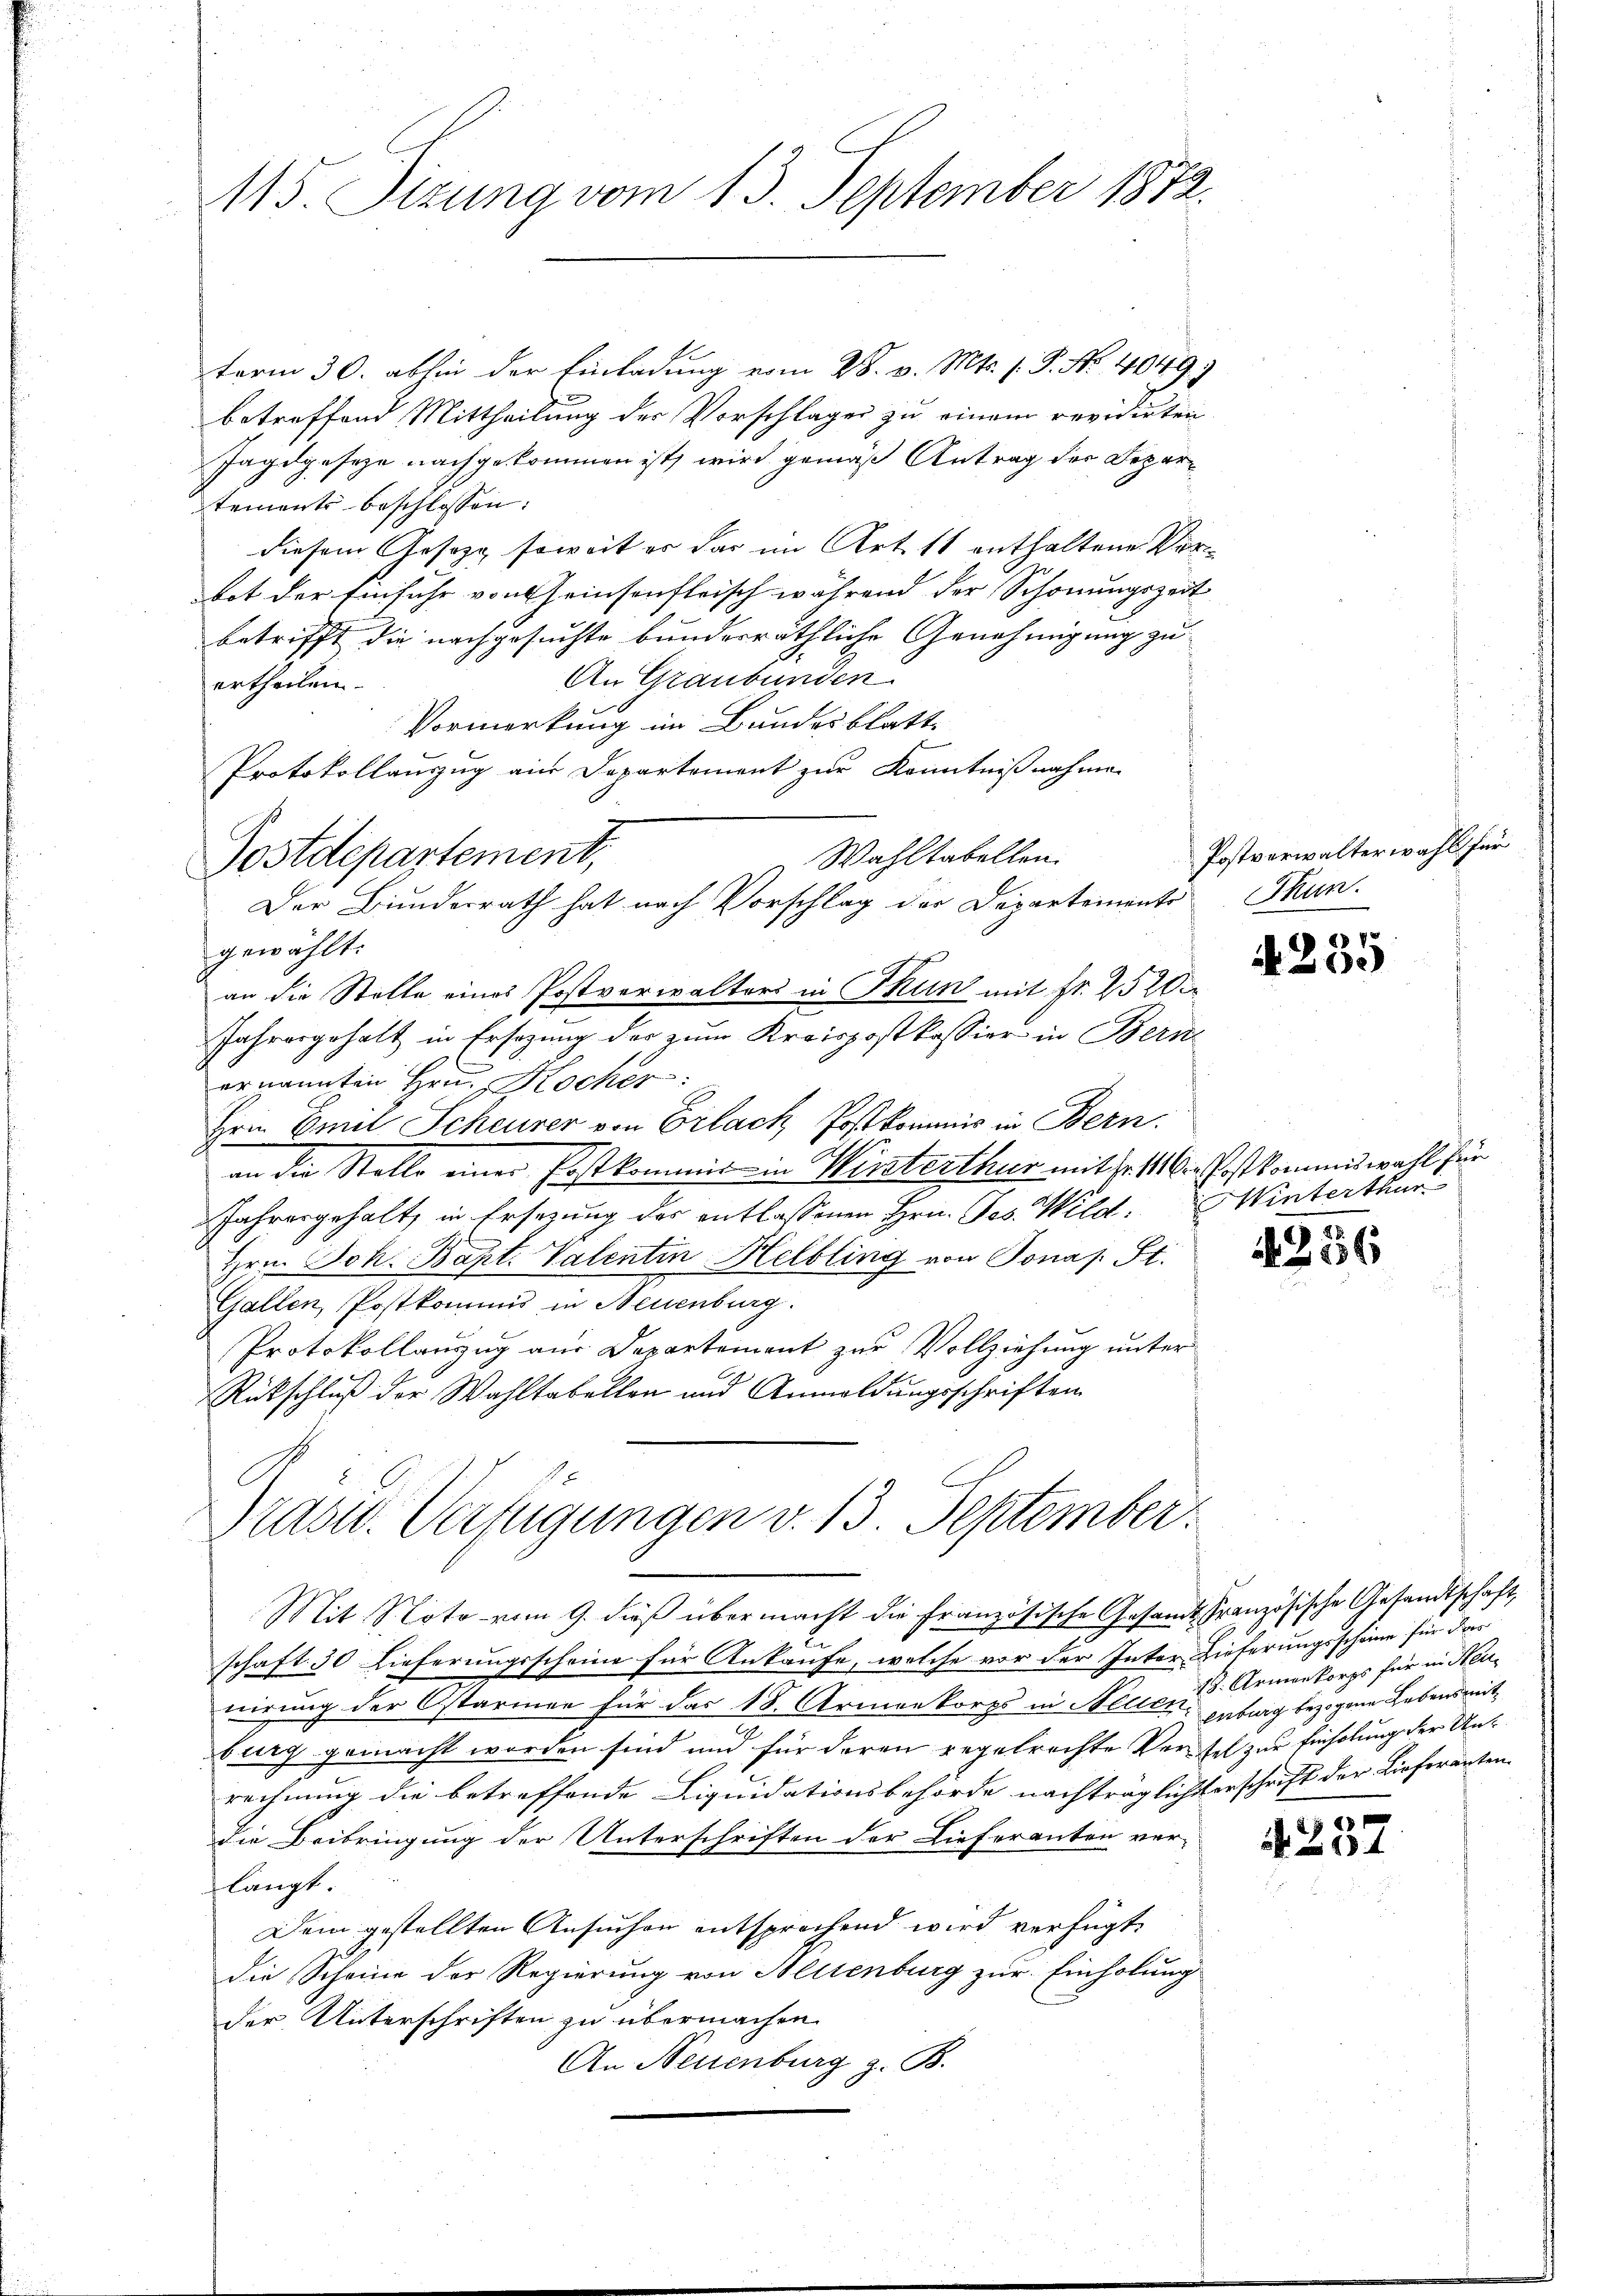
115 Sizung vom 13. September 1872.

term 30. abhin der Einladung vom 28. v. Mts. 1. P. Nr. 4049.
betreffend Mittheilung der Vorschlagen zu einem revidirten
Jagdgeseze nachgekommen ist, wird gemäß Antrag der Departements beschlossen:
diesem Gesezt soweit er das im Art. 11 enthaltene Verbot der Einfuhr von heinsonstrisch während der Schonungszeit
betrifft die nachgesuchte bunderräthliche Genehmigung zu
An Graubünden.
ertheilen.
Vormerkung im Bundesblatt
Protokollauszug ain Departement zur Kenntnißnahme
Wahltabellen.
Der Bundesrath hat nach Vorschlag der Departements Thun.
gewählt:
an die Stelle eines Postverwalters in Thun mit fr. 2520.
Jahresgehalt in Ersezung der zum Kreispostkassier in Bern
ernannten Hrn. Kocher:
Hrn. Emil Scheurer von Erlach Postkommis in Bern.
an die Stelle einer Postkommis in Wirsterthur mit Fr. 11. Post kommiswahl für
Jahresgehalt in Ersezung der entlassenen Hrn. Jes. Wild. Winterthur
Hrn. Joh. Bapt. Valentin Helbling von Jonas. St.
Gallen, Postkommis in Neuenburg.
Protokollanzug aus Departement zur Vollziehung unter
Rückschluß der Wahltabellen und Anmeldungsschriften
Prast. Verfügungen v. 13. September.
Mit Noto vom 9. dieß übermacht die Französische Gesandt, Französische Gesandtschaft,
schaft 30 Lieferungsscheine für Ankaufe, welche vor der Inter Lieferungsscheine für das
nirung der Ostarmen für das 18. Armenkorps in Neuen aberg bezogene Lebensmitburg gemacht worden sind und für deren gegebrachte Versel zur Einholung der Unrechnung die betreffende Liquidationsbehörde nachträglichsterschrift der Lieferenten
Die Beibringung der Unterschriften der Lieferanten ver-
langt.
Dein gestellten Ansuchen entsprochend wird verfügt
die Scheine der Regierung von Heisenburg zur Einholung
der Unterschriften zu übermachen.
An Neuenburg z. B.

Postdepartement,

Postverwalterwahl für

e V
420.

4256

18. Armenkorps für in Steu

4237